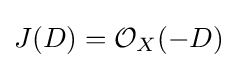
J(D)={\mathcal {O}}_{X}(-D)